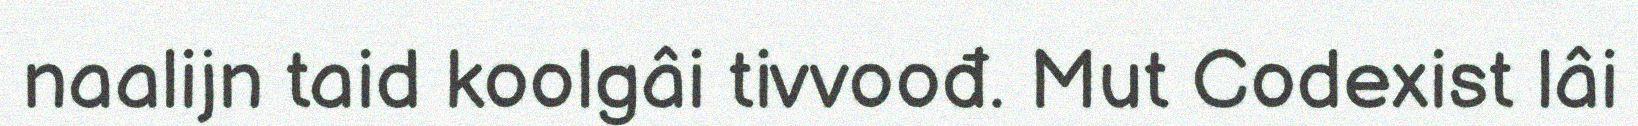
naalijn taid koolgâi tivvoođ. Mut Codexist lâi